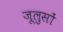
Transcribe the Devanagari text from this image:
जूलुसों